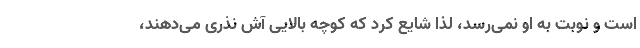
است و نوبت به او نمی‌رسد، لذا شایع كرد كه كوچه بالایی آش نذری می‌دهند،